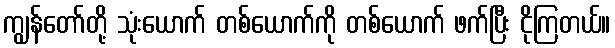
ကျွန်တော်တို့ သုံးယောက် တစ်ယောက်ကို တစ်ယောက် ဖက်ပြီး ငိုကြတယ်။